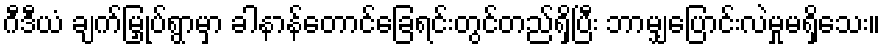
ဂီဒီယံ ချက်မြှုပ်ရွာမှာ ခါနာန်တောင်ခြေရင်းတွင်တည်ရှိပြီး ဘာမျှပြောင်းလဲမှုမရှိသေး။